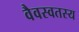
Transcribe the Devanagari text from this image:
वैवस्वतस्य